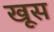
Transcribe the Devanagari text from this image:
खूस